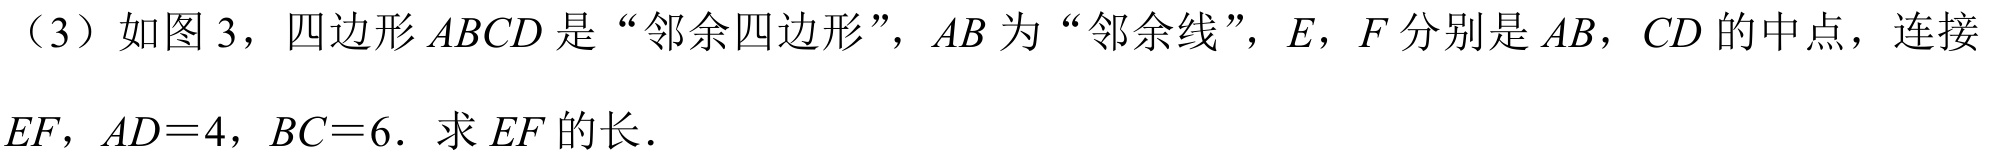
（3）如图 3，四边形$ABCD$是“邻余四边形”，$AB$为“邻余线”，$E$，$F$分别是$AB$，$CD$的中点，连接$EF$，$AD = 4$，$BC = 6$．求$EF$的长．